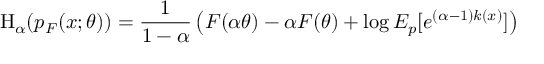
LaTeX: \mathrm { H } _ { \alpha } ( p _ { F } ( x ; \theta ) ) = { \frac { 1 } { 1 - \alpha } } \left( F ( \alpha \theta ) - \alpha F ( \theta ) + \log E _ { p } [ e ^ { ( \alpha - 1 ) k ( x ) } ] \right)